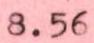
8.56